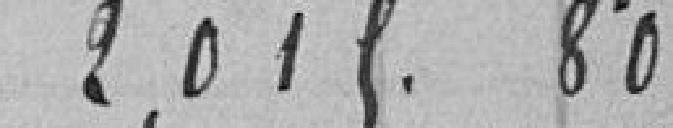
2,015.80